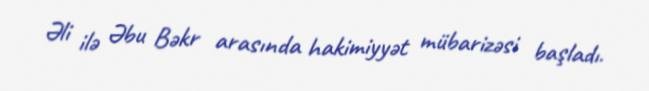
Əli ilə Əbu Bəkr arasında hakimiyyət mübarizəsi başladı.